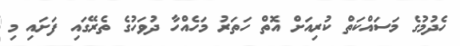
ހެދުމުގެ މަސައްކަތް ކުރިއަށް އޮތް ހަތަރު މަހެއްހާ ދުވަހުގެ ތެރޭގައި ފަށައި މި